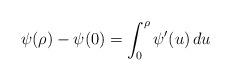
LaTeX: \begin{align*}\psi(\rho)-\psi(0)=\int_0^\rho \psi'(u)\,du\end{align*}